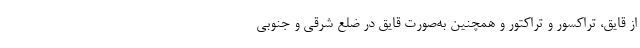
از قایق، تراکسور و تراکتور و همچنین به‌صورت قایق در ضلع شرقی و جنوبی